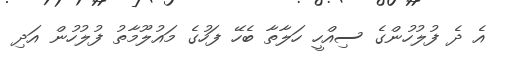
އެ ދެ ފުލުހުންގެ ސިއްހީ ހަލާތާ ބެހޭ ފަހުގެ މައުލޫމާތު ފުލުހުން އަދި